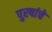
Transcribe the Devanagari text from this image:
पुरषांचे